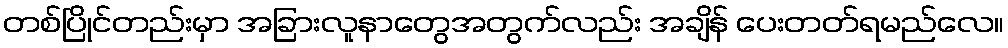
တစ်ပြိုင်တည်းမှာ အခြားလူနာတွေအတွက်လည်း အချိန် ပေးတတ်ရမည်လေ။